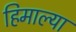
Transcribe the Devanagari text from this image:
हिमाल्या